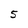
Character: 5